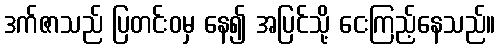
ဒက်ဇာသည် ပြတင်းဝမှ နေ၍ အပြင်သို့ ငေးကြည့်နေသည်။